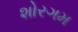
શોરગમ